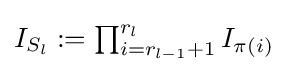
{\textstyle I_{S_{l}}:=\prod _{i=r_{l-1}+1}^{r_{l}}I_{\pi (i)}}